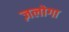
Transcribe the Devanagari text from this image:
ज़लोगा